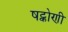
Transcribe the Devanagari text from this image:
षट्कोणी